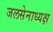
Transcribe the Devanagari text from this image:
जलसेनाध्यक्ष